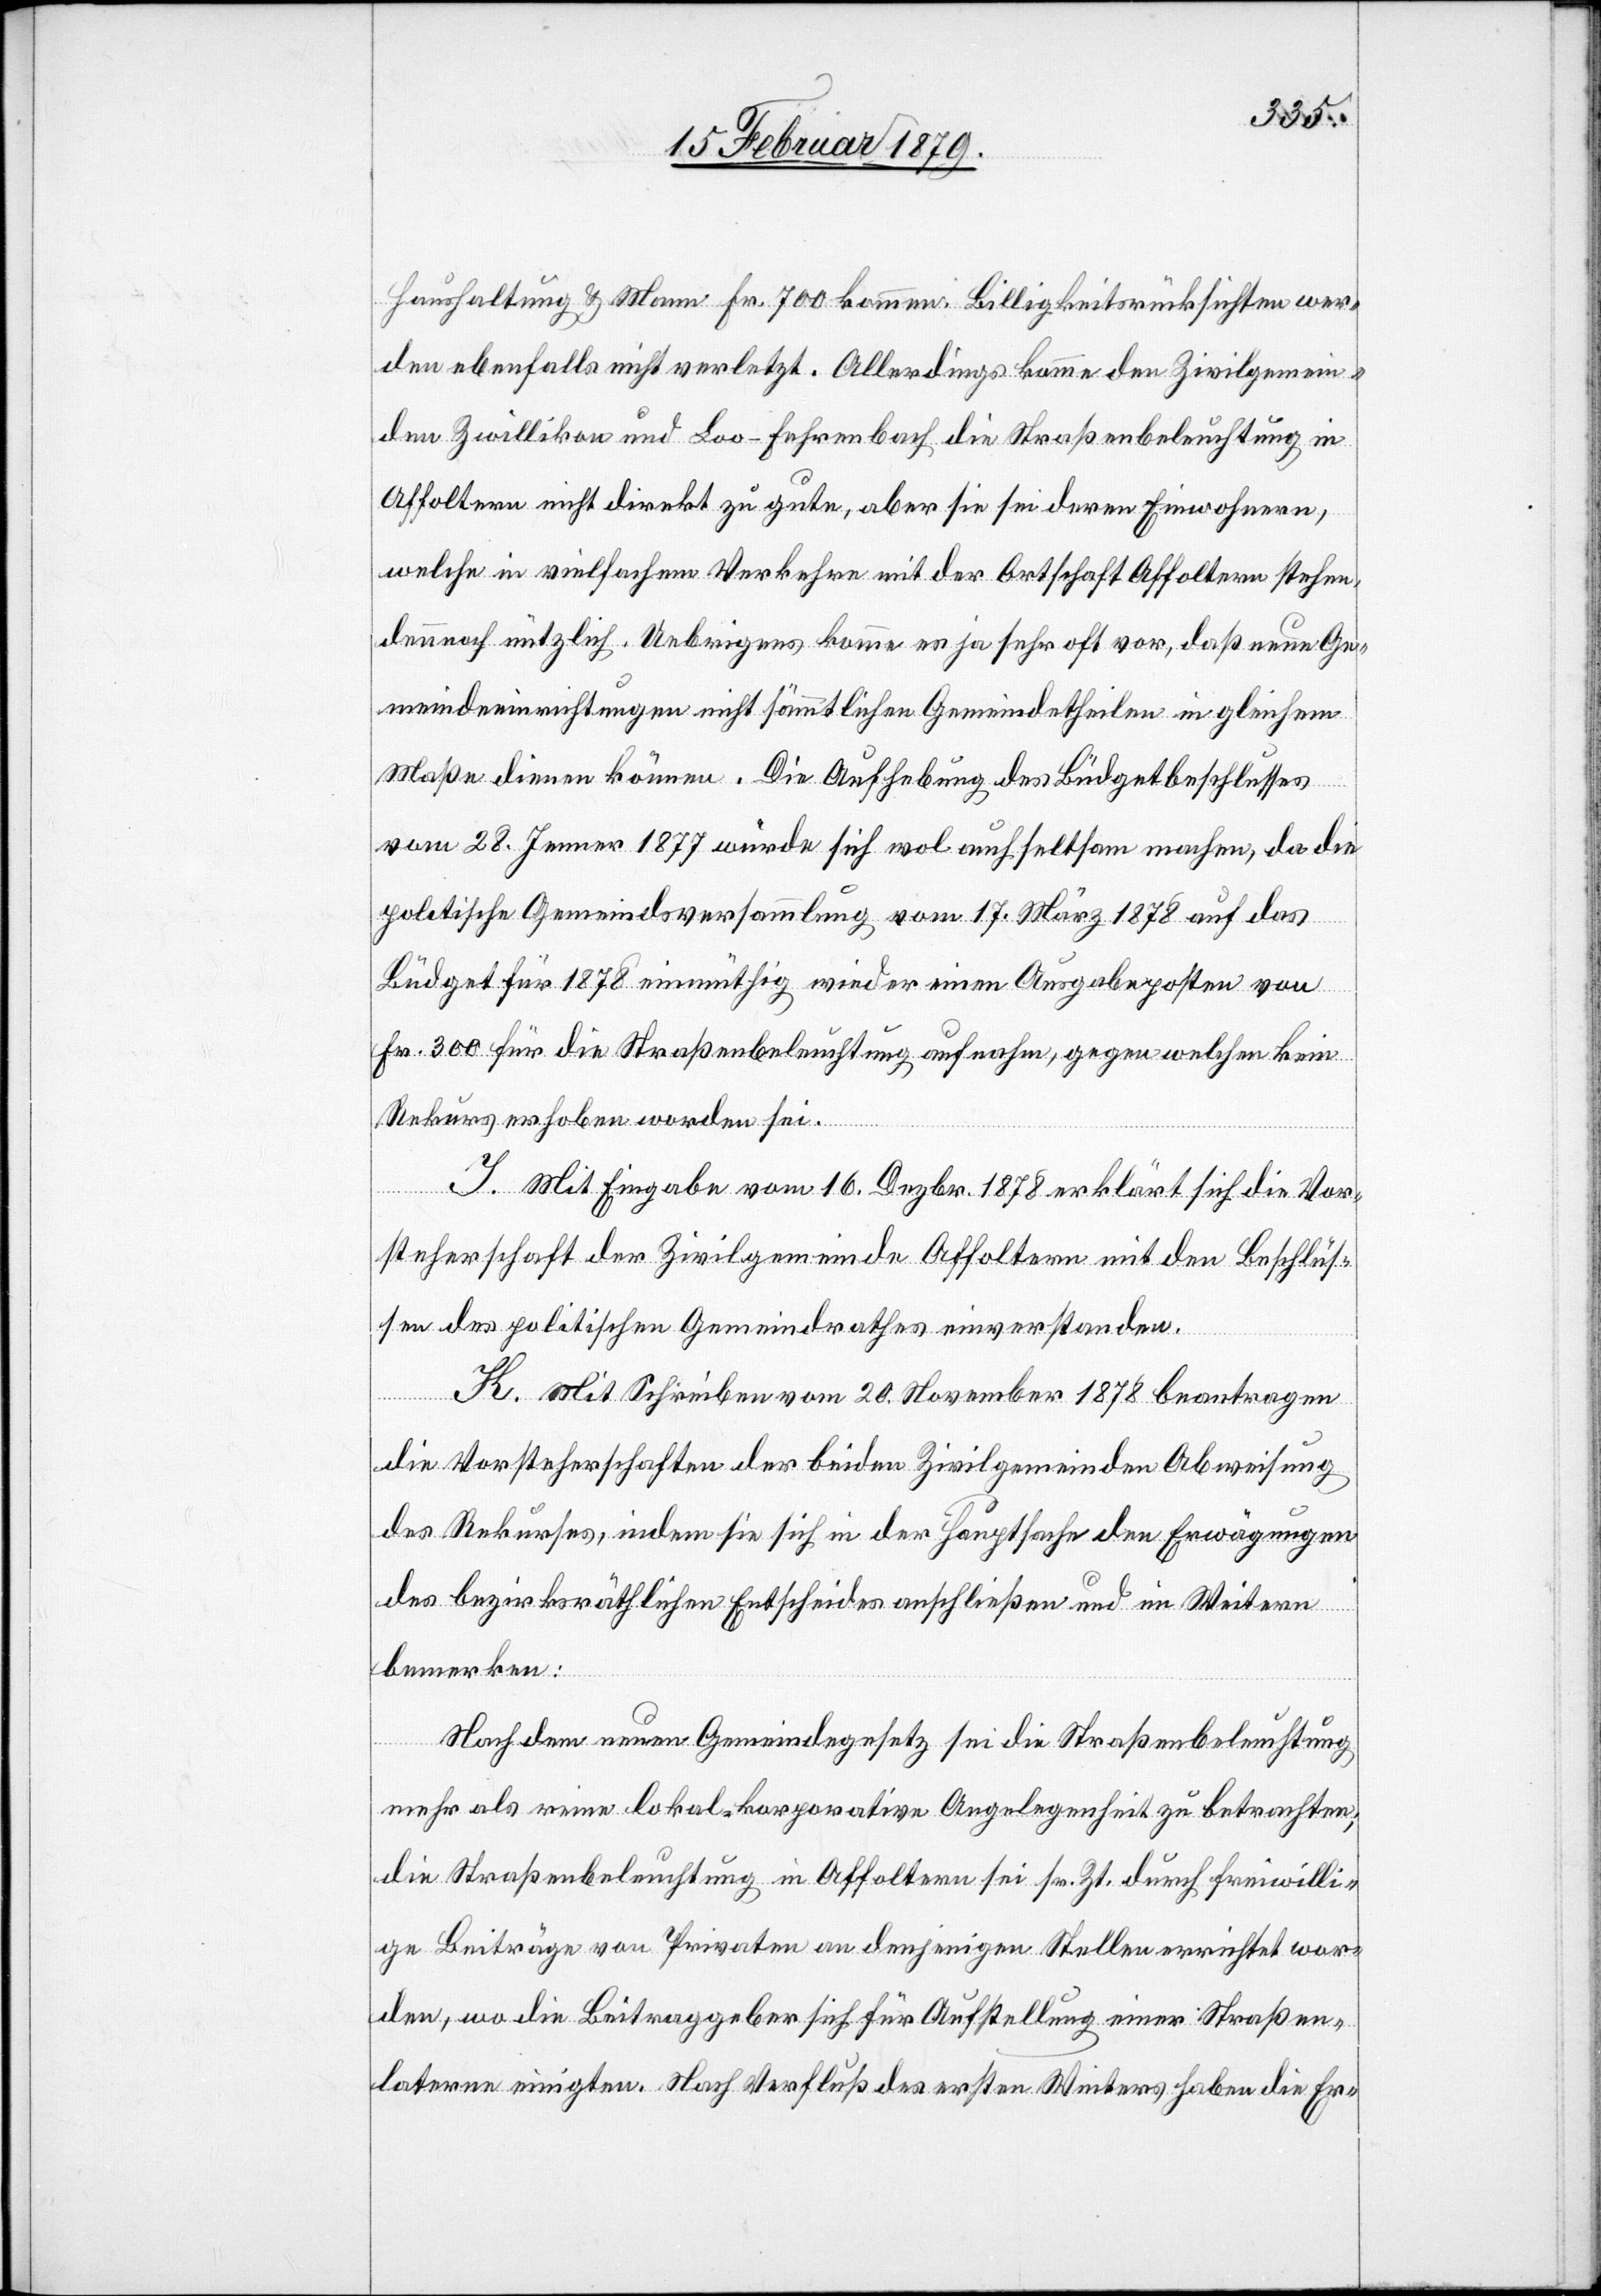
Haushaltung & Mann Fr. 700 kommen. Billigkeitsrücksichten wer¬
den ebenfalls nicht verletzt. Allerdings komme den Zivilgemein¬
den Zwillikon und Loo-Fehrenbach die Straßenbeleuchtung in
Affoltern nicht direkt zu gute, aber sie sei deren Einwohnern,
welche in vielfachem Verkehre mit der Ortschaft Affoltern stehen,
dennoch nützlich. Uebrigens komme es ja sehr oft vor, daß neue Ge¬
meindeeinrichtungen nicht sämmtlichen Gemeindetheilen in gleichem
Maße dienen können. Die Aufhebung des Büdgetbeschlusses
vom 28. Jenner 1877 würde sich wol auch seltsam machen, da die
politische Gemeindsversammlung vom 17. März 1878 auf das
Büdget für 1878 einmüthig wieder einen Ausgabeposten von
Fr. 300 für die Straßenbeleuchtung aufnahm, gegen welchen kein
Rekurs erhoben worden sei.
J. Mit Eingabe vom 16. Dezbr. 1878 erklärt sich die Vor¬
steherschaft der Zivilgemeinde Affoltern mit den Beschlüs¬
sen des politischen Gemeindrathes einverstanden.
K. Mit Schreiben vom 20. November 1878 beantragen
die Vorsteherschaften der beiden Zivilgemeinden Abweisung
des Rekurses, indem sie sich in der Hauptsache den Erwägungen
des bezirksräthlichen Entscheides anschließen und im Weitern
bemerken:
Nach dem neuen Gemeindegesetz sei die Straßenbeleuchtung
mehr als eine lokal-korporative Angelegenheit zu betrachten;
die Straßenbeleuchtung in Affoltern sei sr. Zt. durch freiwilli¬
ge Beiträge von Privaten an denjenigen Stellen errichtet wor¬
den, wo die Beitraggeber sich für Aufstellung einer Straßen¬
laterne einigten. Nach Verfluß des ersten Winters haben die Er-